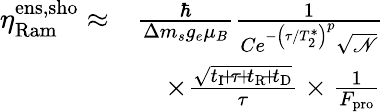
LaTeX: \begin{array}{rl}{\eta_{\mathrm{Ram}}^{\mathrm{ens,sho}}\approx}&{\frac{\hbar}{\Delta m_{s}g_{e}\mu_{B}}\frac{1}{Ce^{-\left(\tau/T_{2}^{*}\right)^{p}}\sqrt{\mathscr{N}}}}\\ &{\quad\times\frac{\sqrt{t_{\mathrm{I}}\! +\! \tau\! +\! t_{\mathrm{R}}\! +\! t_{\mathrm{D}}}}{\tau}\times\frac{1}{F_{\mathrm{pro}}}}\end{array}